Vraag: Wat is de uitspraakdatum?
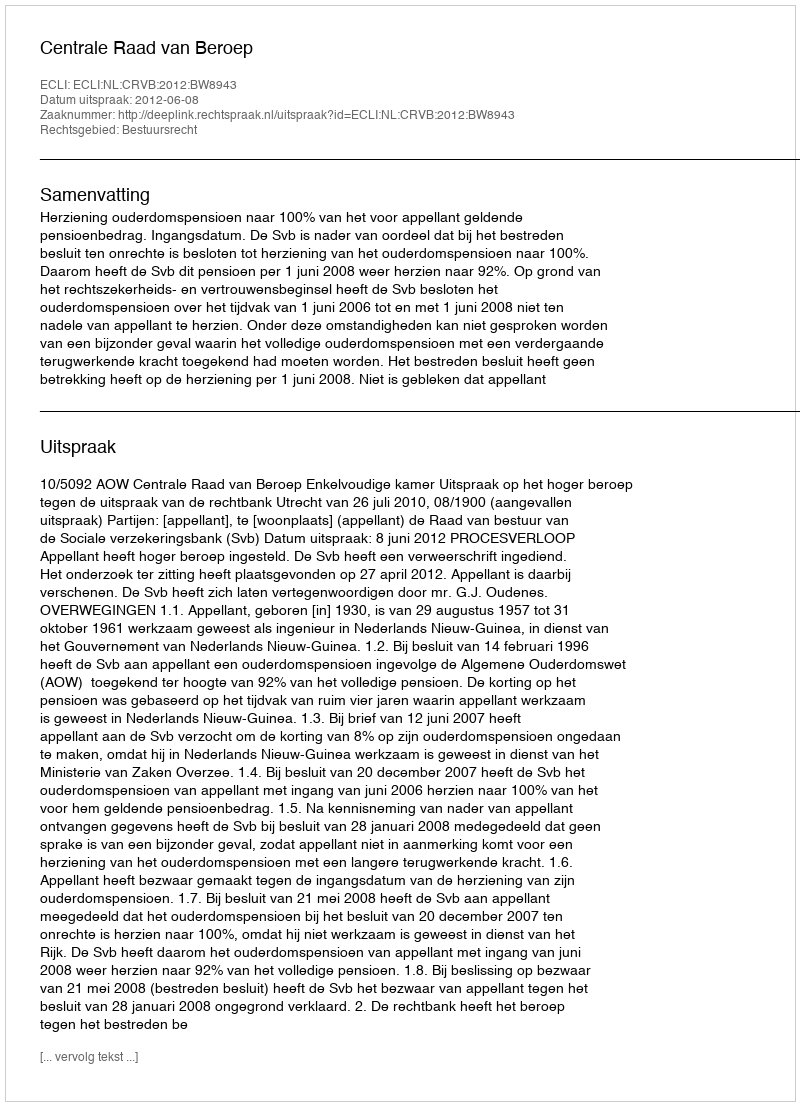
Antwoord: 2012-06-08